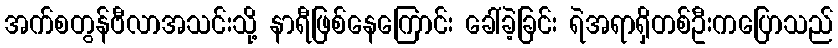
အက်စတွန်ဗီလာအသင်းသို့ နာရီဖြစ်နေကြောင်း ခေါ်ခဲ့ခြင်း ရဲအရာရှိတစ်ဦးကပြောသည်